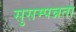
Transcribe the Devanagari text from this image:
सुसम्पन्नता